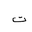
Letter: _ta